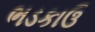
ભડકાઉ